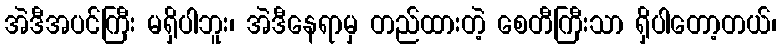
အဲဒီအပင်ကြီး မရှိပါဘူး၊ အဲဒီနေရာမှ တည်ထားတဲ့ စေတီကြီးသာ ရှိပါတော့တယ်၊